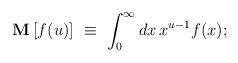
LaTeX: \begin{align*}\mathbf{M} \,[f(u)] \,\, \equiv \,\, \int_0^{\infty} d x\, x^{u-1} f(x);\end{align*}